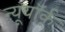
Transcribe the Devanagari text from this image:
न्यूयॉर्क्